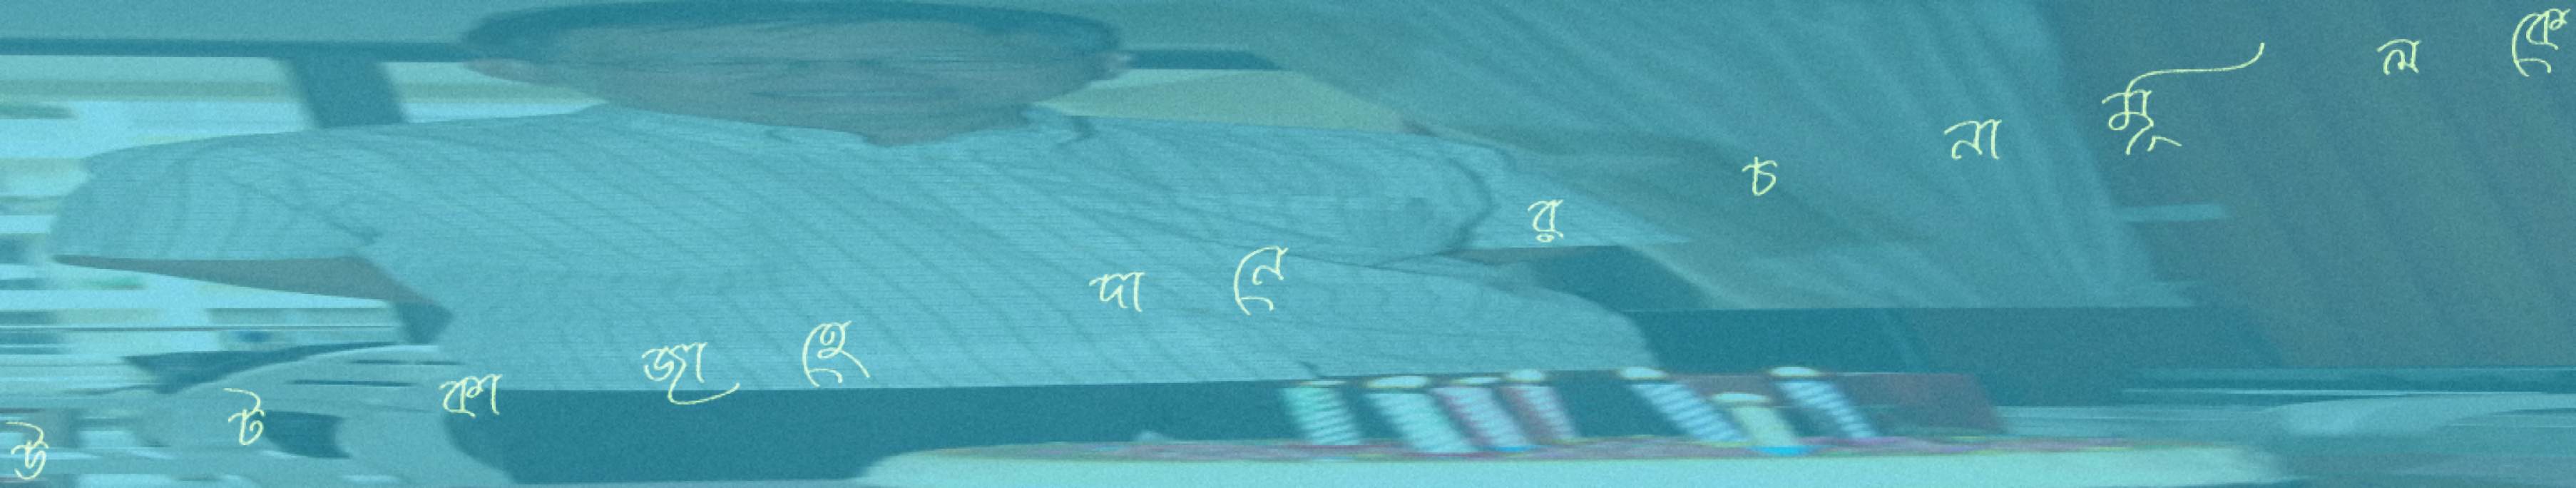
উটকাজাহেদানেরচনামূলকে